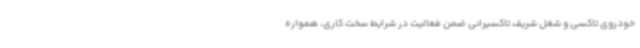
خودروی تاکسی و شغل شریف تاکسیرانی ضمن فعالیت در شرایط سخت کاری، همواره